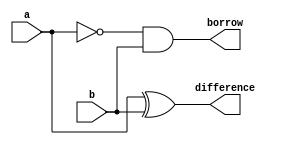
//half subtractor

module half_subtractor(a,b,difference,borrow);
  
  input a,b;
  output difference,borrow;

  assign difference = a^b;
  assign borrow = ~a & b;

endmodule